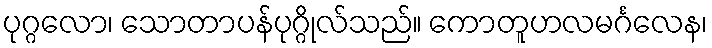
ပုဂ္ဂလော၊ သောတာပန်ပုဂ္ဂိုလ်သည်။ ကောတူဟလမင်္ဂလေန၊